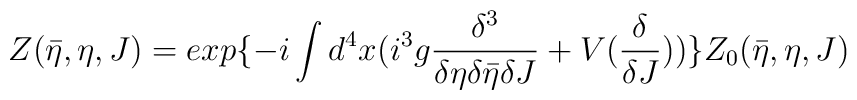
Z(\bar{\eta},\eta,J)=exp\{-i\int d^{4}x ( i^{3}g\frac{\delta^{3}}{\delta\eta\delta\bar{\eta}\delta J}+V(\frac{\delta}{\delta J}))\}Z_{0}(\bar{\eta},\eta,J)